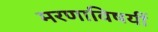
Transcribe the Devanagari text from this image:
मरणाविषयीं